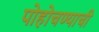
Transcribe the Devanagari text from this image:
पोहोचण्याची